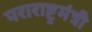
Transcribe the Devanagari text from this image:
पराराष्ट्रमंत्री